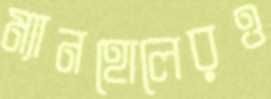
ম্যানহোলেরও